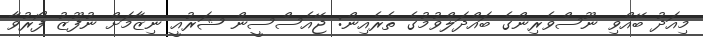
މިއަދު ބޭއްވި ނޫސްވެރިންގެ ބައްދަލްވުމުގެ ތެރެއިން: ޖޭއެސްސީން ޝަރުއީ ނިޒާމަށް ނުފޫޒު ފޯރުވާ